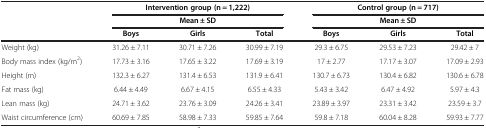
<table><thead><tr><td><b> </b></td><td colspan="3"><b>Intervention group (n = 1,222)</b></td><td colspan="3"><b>Control group (n = 717)</b></td></tr><tr><td><b> </b></td><td colspan="3"><b>Mean ± SD</b></td><td colspan="3"><b>Mean ± SD</b></td></tr><tr><td><b> </b></td><td><b>Boys</b></td><td><b>Girls</b></td><td><b>Total</b></td><td><b>Boys</b></td><td><b>Girls</b></td><td><b>Total</b></td></tr></thead><tbody><tr><td>Weight (kg)</td><td>31.26 ± 7.11</td><td>30.71 ± 7.26</td><td>30.99 ± 7.19</td><td>29.3 ± 6.75</td><td>29.53 ± 7.23</td><td>29.42 ± 7</td></tr><tr><td>Body mass index (kg/m<sup>2</sup>)</td><td>17.73 ± 3.16</td><td>17.65 ± 3.22</td><td>17.69 ± 3.19</td><td>17 ± 2.77</td><td>17.17 ± 3.07</td><td>17.09 ± 2.93</td></tr><tr><td>Height (m)</td><td>132.3 ± 6.27</td><td>131.4 ± 6.53</td><td>131.9 ± 6.41</td><td>130.7 ± 6.73</td><td>130.4 ± 6.82</td><td>130.6 ± 6.78</td></tr><tr><td>Fat mass (kg)</td><td>6.44 ± 4.49</td><td>6.67 ± 4.15</td><td>6.55 ± 4.33</td><td>5.43 ± 3.42</td><td>6.47 ± 4.92</td><td>5.97 ± 4.3</td></tr><tr><td>Lean mass (kg)</td><td>24.71 ± 3.62</td><td>23.76 ± 3.09</td><td>24.26 ± 3.41</td><td>23.89 ± 3.97</td><td>23.31 ± 3.42</td><td>23.59 ± 3.7</td></tr><tr><td>Waist circumference (cm)</td><td>60.69 ± 7.85</td><td>58.98 ± 7.33</td><td>59.85 ± 7.64</td><td>59.8 ± 7.18</td><td>60.04 ± 8.28</td><td>59.93 ± 7.77</td></tr></tbody></table>